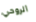
الروحي